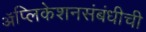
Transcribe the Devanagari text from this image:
ॲप्लिकेशनसंबंधीची